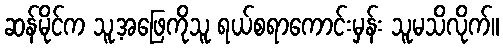
ဆန်မိုင်က သူ့အဖြေကိုသူ ရယ်စရာကောင်းမှန်း သူမသိလိုက်။